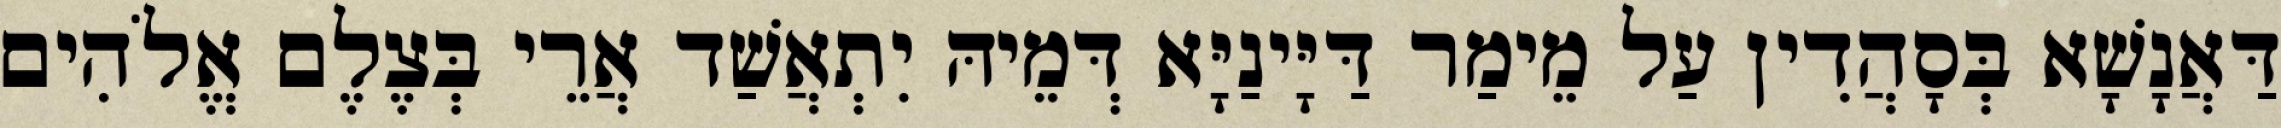
דַּאֲנָשָׁא בְּסָהֲדִין עַל מֵימַר דַּיָּינַיָּא דְּמֵיהּ יִתְאֲשַׁד אֲרֵי בְּצֶלֶם אֱלֹהִים